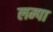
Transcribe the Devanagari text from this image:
लम्पा